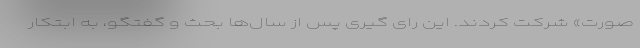
صورت» شرکت کردند. این رای گیری پس از سال‌ها بحث و گفتگو، به ابتکار